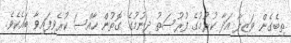
ތިބެގެން ވަޒިފާ އަދާ ކުރުމުގެ ފުރުސަތު ދިނުމުގެ ގޮތުން ހާއްސަ ކުރެވިފައިވާ ބައެކެވެ.